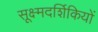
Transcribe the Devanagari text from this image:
सूक्ष्मदर्शिकियों